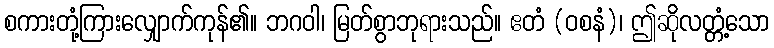
စကားတုံ့ကြားလျှောက်ကုန်၏။ ဘဂဝါ၊ မြတ်စွာဘုရားသည်။ ဧတံ (ဝစနံ)၊ ဤဆိုလတ္တံ့သော